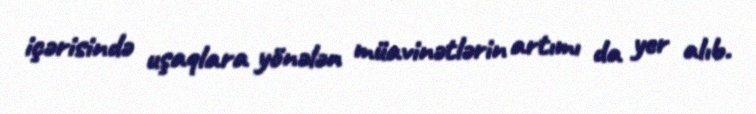
içərisində uşaqlara yönələn müavinətlərin artımı da yer alıb.